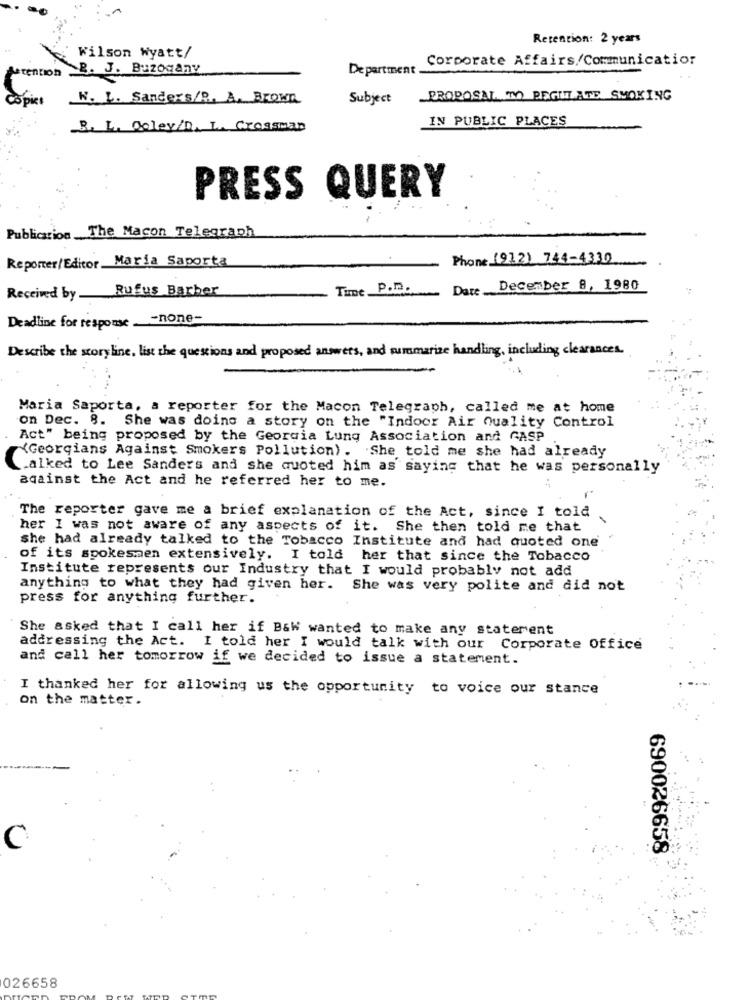
Retention: 2 years
Wilson Wyatt/
Corporate Affairs/Communicatior
tention B. J. Buzogany
Department
Copics
W. L. Sanders/B. A. BROWN
Subject
PROPOSAL TO REGULATE SMOKING
IN PUBLIC PLACES
B. L. Coley/D. L. Crossman
PRESS QUERY
Publication The Macon Telegraph
Reporter/Editor Maria Saporta
Phone (912) 744-4330
Received by Rufus Barber
Time P.D.
Date __
December 8, 1980
Deadline for response _- none-
Describe the storyline. list the questions and proposed answers, and summarize handling, including clearances.
Maria Saporta, a reporter for the Macon Telegraph, called me at home
on Dec. 8. She was doing a story on the "Indoor Air Quality Control
Act" being proposed by the Georgia Lung Association and GASP
(Georgians Against Smokers Pollution). She told me she had already
Talked to Lee Sanders and she quoted him as saying that he was personally
against the Act and he referred her to me.
The reporter gave me a brief explanation of the Act, since I told
her I was not aware of any aspects of it. She then told me that
she had already talked to the Tobacco Institute and had quoted one
of its spokesmen extensively. I told her that since the Tobacco
Institute represents our Industry that I would probably not add
anything to what they had given her. She was very polite and did not
press for anything further.
She asked that I call her if Baw wanted to make any staterent
addressing the Act. I told her I would talk with our Corporate Office
and call her tomorrow if we decided to issue a statement.
I thanked her for allowing us the opportunity to voice our stance
on the matter.
C
690026658
026658